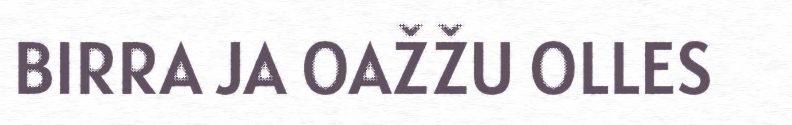
BIRRA JA OAŽŽU OLLES